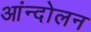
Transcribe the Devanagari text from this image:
आंन्दोलन